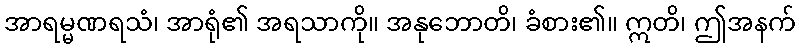
အာရမ္မဏရသံ၊ အာရုံ၏ အရသာကို။ အနုဘောတိ၊ ခံစား၏။ ဣတိ၊ ဤအနက်